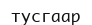
тусгаар